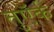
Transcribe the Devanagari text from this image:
तुऍर्क